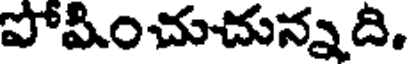
పోమించుచున్నది.